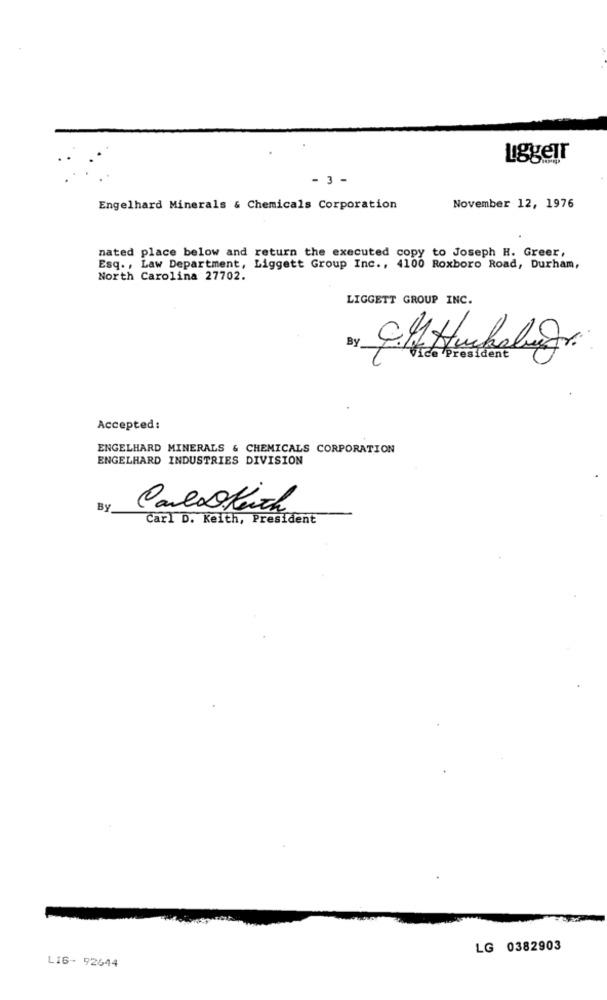
LiggeTr
- 3 -
Engelhard Minerals & Chemicals Corporation
November 12, 1976
nated place below and return the executed copy to Joseph H. Greer,
Esq ., Law Department, Liggett Group Inc ., 4100 Roxboro Road, Durham,
North Carolina 27702.
LIGGETT GROUP INC.
By
Accepted:
ENGELHARD MINERALS & CHEMICALS CORPORATION
ENGELHARD INDUSTRIES DIVISION
By
Carloleich
Carl D. Keith, President
LG 0382903
LIG- 92644